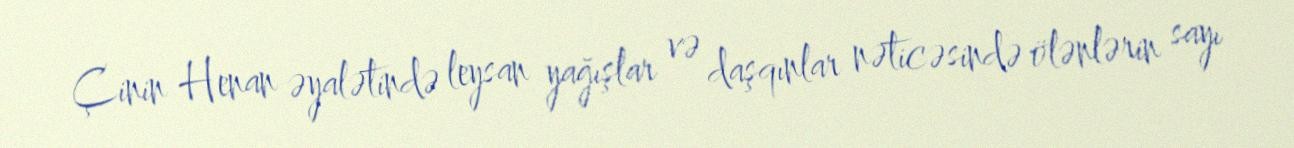
Çinin Henan əyalətində leysan yağışlar və daşqınlar nəticəsində ölənlərin sayı